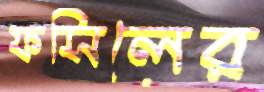
ফসিলের